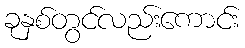
ခုနှစ်တွင်လည်းကောင်း